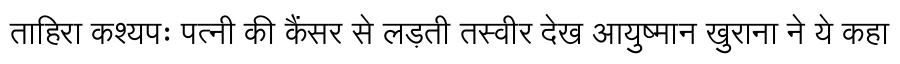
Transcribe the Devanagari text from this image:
ताहिरा कश्यपः पत्नी की कैंसर से लड़ती तस्वीर देख आयुष्मान खुराना ने ये कहा